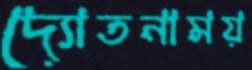
দ্যোতনাময়